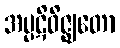
အပ္ပဋိဝိဇ္ဈတော